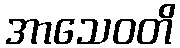
အာသေဝတိ